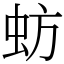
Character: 蚄